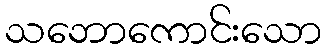
သဘောကောင်းသော